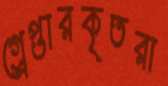
গ্র্রেপ্তারকৃতরা